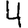
Digit: 4